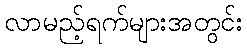
လာမည့်ရက်များအတွင်း